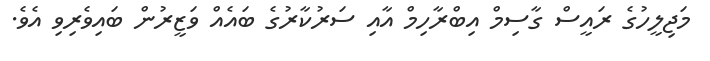
މަޖިލީހުގެ ރައީސް ގާސިމް އިބްރާހިމް އާއި ސަރުކާރުގެ ބައެއް ވަޒީރުން ބައިވެރިވި އެވެ.